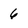
Character: 6